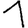
Digit: 1